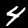
Label: 4